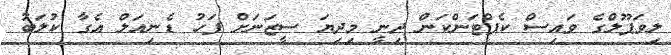
ލިވަޕޫލްގެ ވައިސް ކެޕްޓަންކަން ދިނީ މިދިޔަ ސީޒަނަށް ފަހު ޑެނިއަލް އެގާ ކުލަބު